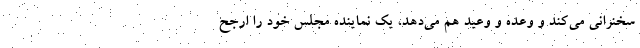
سخنرانی می‌کند و وعده و وعید هم می‌دهد، یک نماینده مجلس خود را ارجح